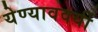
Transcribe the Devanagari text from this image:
येण्याववर्यी